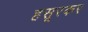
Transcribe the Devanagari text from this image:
हसूरकर